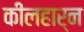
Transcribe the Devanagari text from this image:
कीलहार्न